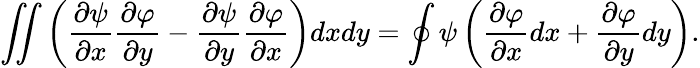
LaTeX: \iint\left(\frac{\partial\psi}{\partial x}\frac{\partial\varphi}{\partial y}-\frac{\partial\psi}{\partial y}\frac{\partial\varphi}{\partial x}\right)dxdy=\oint\psi\left(\frac{\partial\varphi}{\partial x}dx+\frac{\partial\varphi}{\partial y}dy\right).